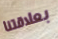
بعلاقتنا